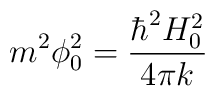
m^2\phi _0^2=\frac{\hbar ^2H_0^2}{4\pi k}